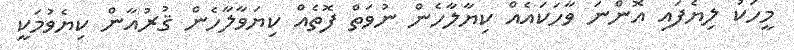
މީހަކު ލިޔެފައި އޮންނަ ވާހަކައެއް ކިޔާލާހެން ނުވަތް ފޮތެއް ކިޔަވާލާހެން ޤުރުއާން ކިޔެވުމަކީ